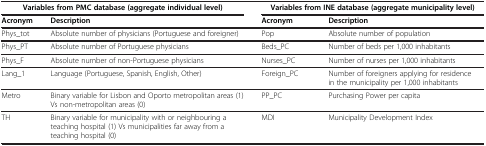
<table><thead><tr><td colspan="2"><b>Variables from PMC database (aggregate individual level)</b></td><td colspan="2"><b>Variables from INE database (aggregate municipality level)</b></td></tr><tr><td><b>Acronym</b></td><td><b>Description</b></td><td><b>Acronym</b></td><td><b>Description</b></td></tr></thead><tbody><tr><td>Phys_tot</td><td>Absolute number of physicians (Portuguese and foreigner)</td><td>Pop</td><td>Absolute number of population</td></tr><tr><td>Phys_PT</td><td>Absolute number of Portuguese physicians</td><td>Beds_PC</td><td>Number of beds per 1,000 inhabitants</td></tr><tr><td>Phys_F</td><td>Absolute number of non-Portuguese physicians</td><td>Nurses_PC</td><td>Number of nurses per 1,000 inhabitants</td></tr><tr><td>Lang_1</td><td>Language (Portuguese, Spanish, English, Other)</td><td>Foreign_PC</td><td>Number of foreigners applying for residence in the municipality per 1,000 inhabitants</td></tr><tr><td>Metro</td><td>Binary variable for Lisbon and Oporto metropolitan areas (1) Vs non-metropolitan areas (0)</td><td>PP_PC</td><td>Purchasing Power per capita</td></tr><tr><td>TH</td><td>Binary variable for municipality with or neighbouring a teaching hospital (1) Vs municipalities far away from a teaching hospital (0)</td><td>MDI</td><td>Municipality Development Index</td></tr></tbody></table>